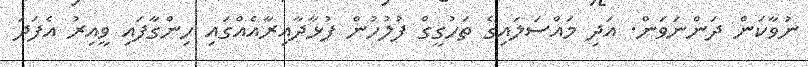
ނުވާކަން ދަންނަވަން. އަދި މައްސަލައިގެ ތަހުގީގް ފުލުހުން ފުޅާދާއިރާއެއްގައި ހިންގާފައި ވީއިރު އެފަދަ